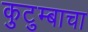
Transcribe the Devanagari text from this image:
कुटुम्बाचा